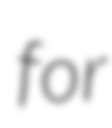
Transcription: for